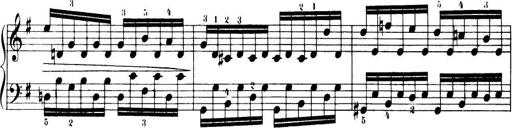
Title: 32 Sonatinas and Rondos for the Piano
Composer: Richard Kleinmichel